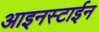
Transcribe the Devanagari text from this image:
आइनस्टाईन